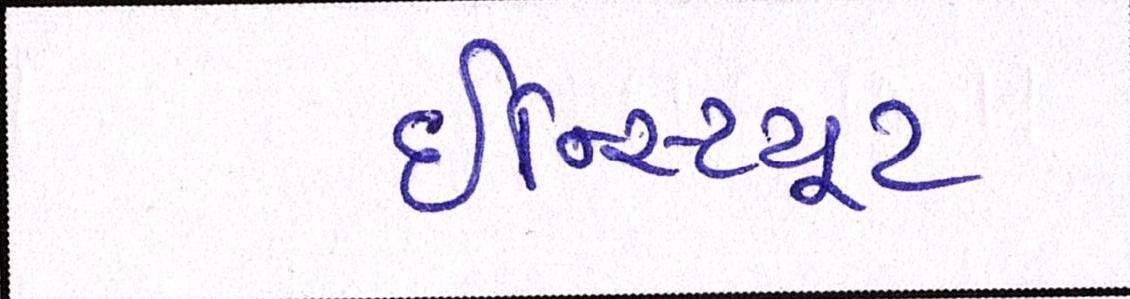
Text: ઈન્સ્ટિટ્યૂટ